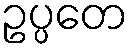
ဥပ္ပတေ